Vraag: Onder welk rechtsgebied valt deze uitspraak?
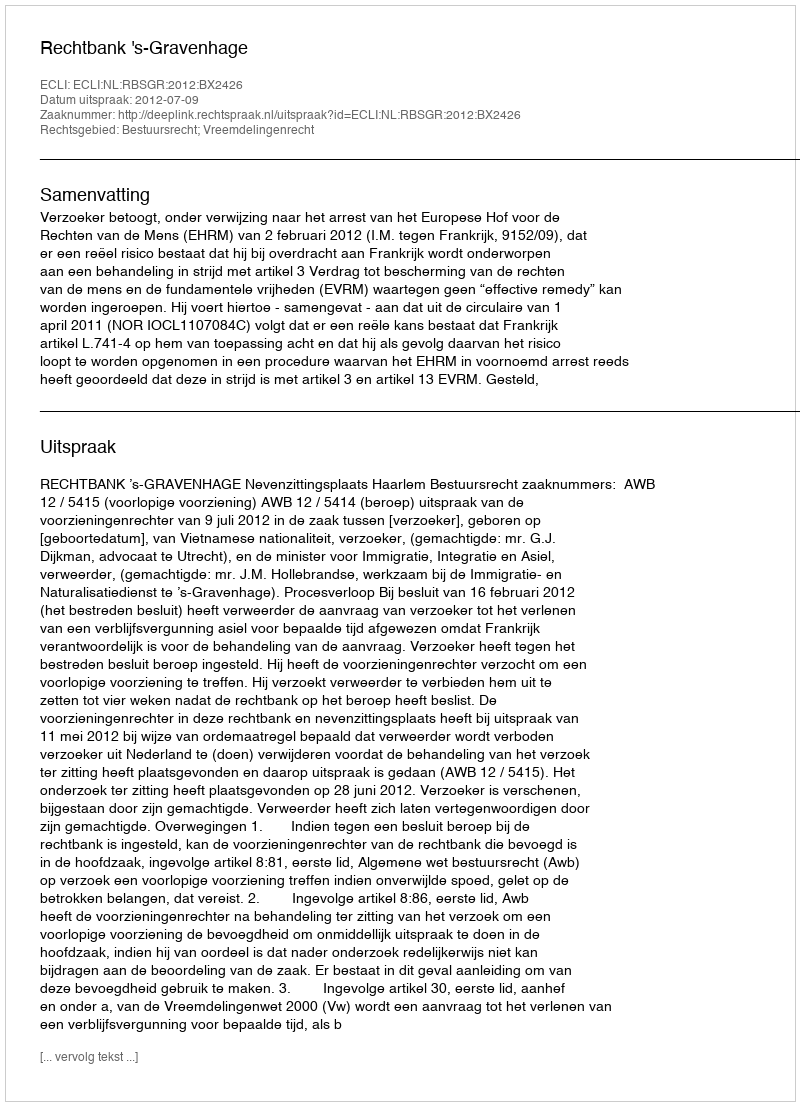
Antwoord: Bestuursrecht; Vreemdelingenrecht